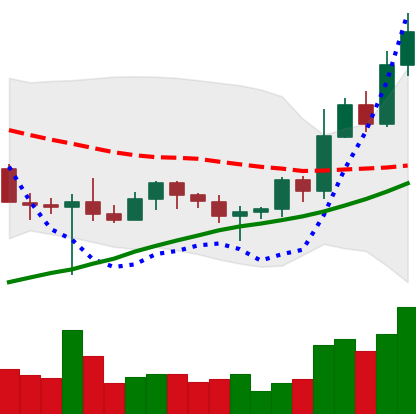
Ticker: BNB-USD
Chart end date: 2022-10-29
Forward return: 8.382%
Label: up_7plus